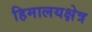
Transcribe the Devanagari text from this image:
हिमालयक्षेत्र